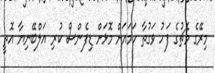
މިރޭގެ މެޗުގެ ފަހު ވަގުތާ ހަމައަށް މޮޅަށް ޑިފެންސް ކުރި އަލްބޭނިޔާ އޮތީ